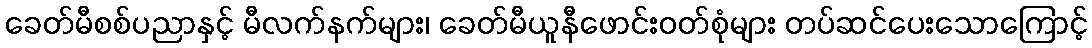
ခေတ်မီစစ်ပညာနှင့် မီလက်နက်များ၊ ခေတ်မီယူနီဖောင်းဝတ်စုံများ တပ်ဆင်ပေးသောကြောင့်